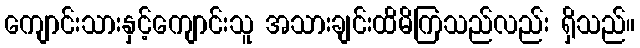
ကျောင်းသားနှင့်ကျောင်းသူ အသားချင်းထိမိကြသည်လည်း ရှိသည်။